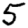
Digit: 5